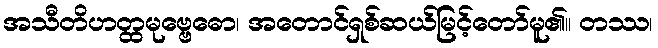
အသီတိဟတ္ထမုဗ္ဗေဓော၊ အတောင်ရှစ်ဆယ်မြင့်တော်မူ၏။ တဿ၊